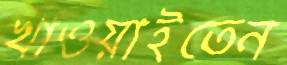
খাওয়াইতেন